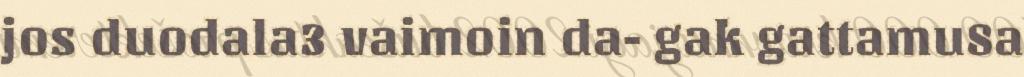
jos duodala3 vaimoin da- gak gattamu8a